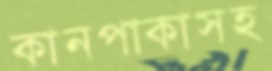
কানপাকাসহ